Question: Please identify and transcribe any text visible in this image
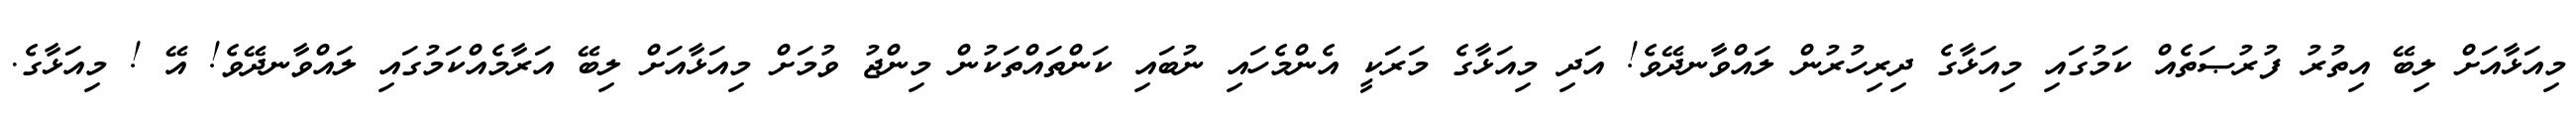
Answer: މިއަޅާއަށް ލިބޭ އިތުރު ފުރުޞަތެއް ކަމުގައި މިއަޅާގެ ދިރިހުރުން ލައްވާނދޭވެ! އަދި މިއަޅާގެ މަރަކީ އެންމެހައި ނުބައި ކަންތައްތަކުން މިންޖު ވުމަށް މިއަޅާއަށް ލިބޭ އަރާމެއްކަމުގައި ލައްވާނދޭވެ! އޭ ! މިއަޅާގެ.